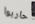
حاربوا